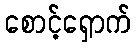
စောင့်ရှောက်